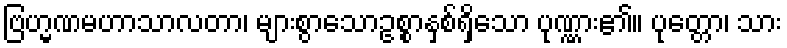
ဗြဟ္မဏမဟာသာလတာ၊ များစွာသောဥစ္စာနှစ်ရှိသော ပုဏ္ဏား၏။ ပုတ္တော၊ သား